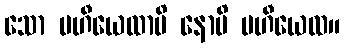
သော ပဟီယေထာပိ နောပိ ပဟီယေထ။